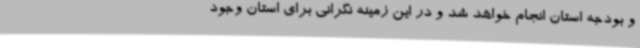
و بودجه استان انجام خواهد شد و در این زمینه نگرانی برای استان وجود